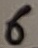
Text: 6